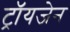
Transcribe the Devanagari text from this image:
ट्रॉयजेन